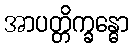
အာပတ္တိက္ခန္ဓော